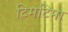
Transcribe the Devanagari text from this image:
टिमटिमा